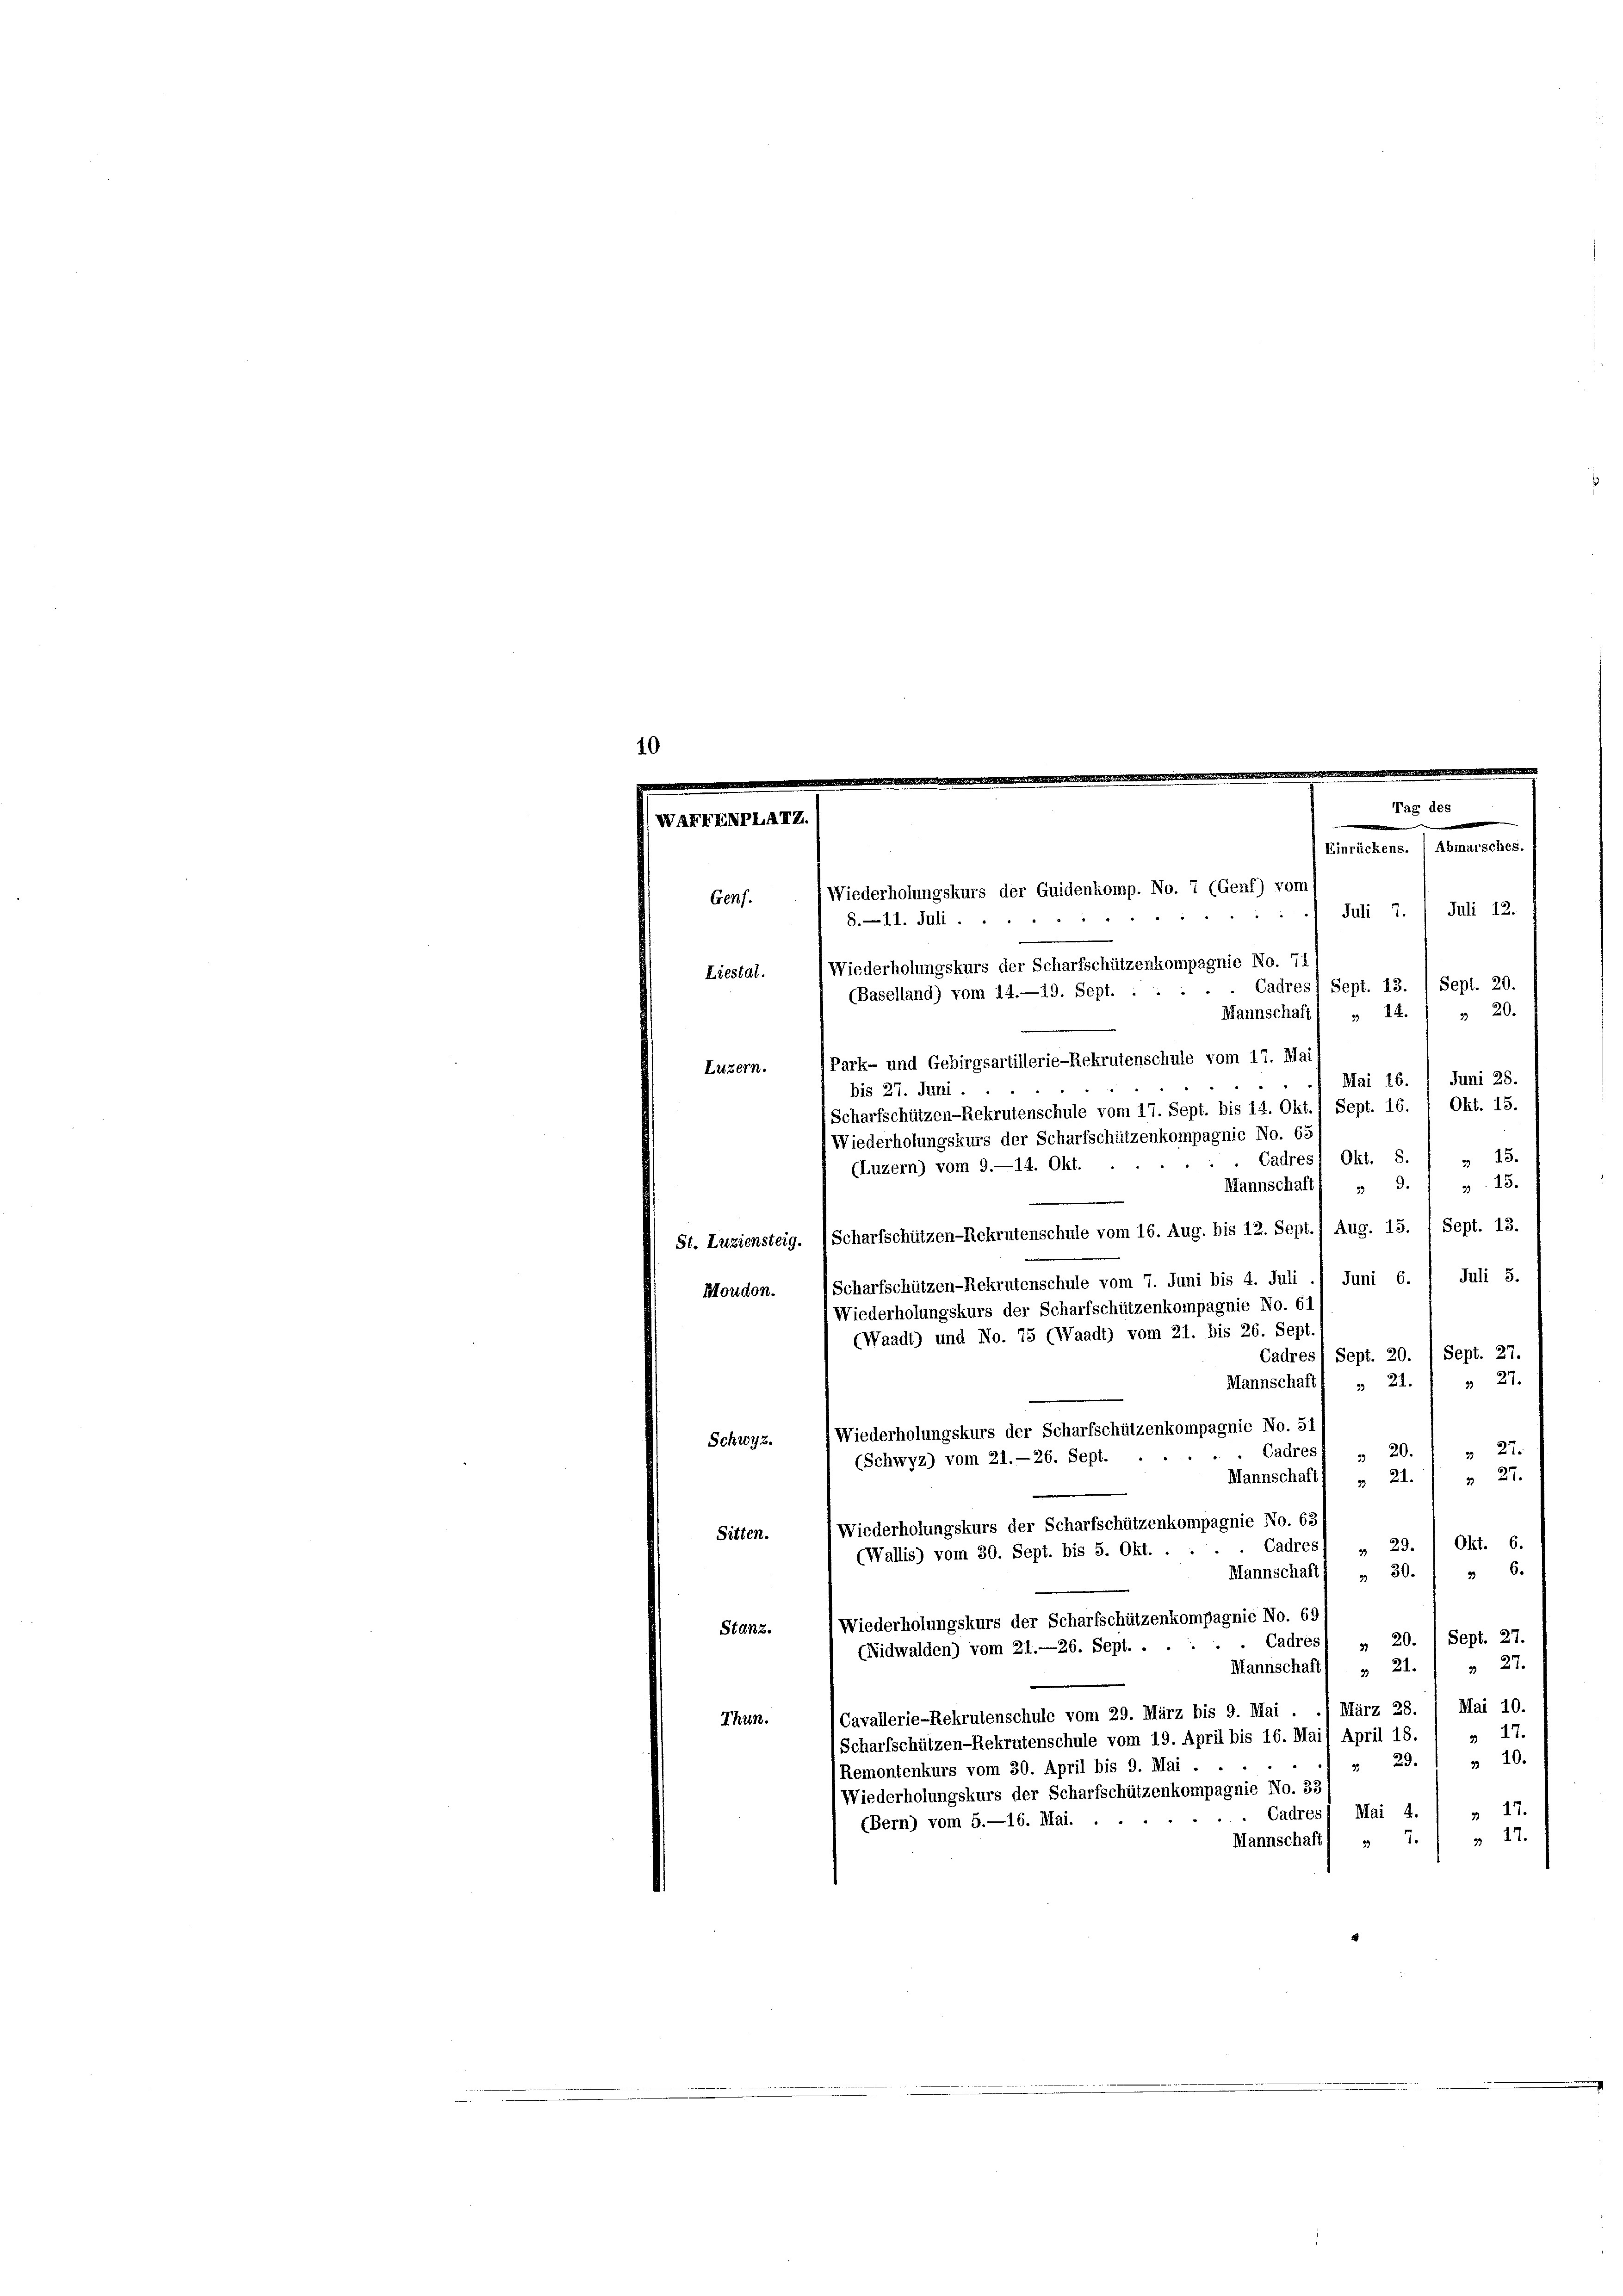
XXXXXI

Genf.
Liestal.

(Baselland) vom 14.—19. Sept. :
Luzern.
bis 27. Juni.

Wiederholungskurs der Guidenkomp. No. 7 (Genf) vom
Juli 7. Juli 12.
8

8.—11. Juli.
Wiederholungskurs der Scharfschützenkompagnie No. 71
Cadres Sept. 13. / Sept. 20.
» 14.) " 20.
Mannschaff
Park- und Gebirgsartillerie-Rekrutenschule vom 17. Mai
Juni 28.
Mai 16.
Okt. 15.
Scharfschützen-Rekrutenschule vom 17. Sept. bis 14. Okt. 1 Sept. 16.
Wiederholungskurs der Scharfschützenkompagnie No. 65
Cadres Okt. 8.
 23.
(Luzern) vom 9.—14. Okt.
13.
Mannschaft) „ 9.
St. Luziensteig. (Scharfschützen-Rekrutenschule vom 16. Aug. bis 12. Sept. 1 Aug. 15. / Sept. 13.
Juli 5.
Scharfschützen-Rekrutenschule vom 7. Juni bis 4. Juli ./ Juni 6.
Moudon.
(Wiederholungskurs der Scharfschützenkompagnie No. 61
(Waadt) und No. 75 (Waadt) vom 21. bis 26. Sept.
Cadres Sept. 20. / Sept. 27.
 27.
Mannschaft
» 21.
Wiederholungskurs der Scharfschützenkompagnie No. 51/
Schwyz.
22.
Cadres
320.
(Schwyz) vom 21.-26. Sept.
 27.
Mannschaft
 21.
Wiederholungskurs der Scharfschützenkompagnie No. 63
Sitten.
Cadres) „ 29. / Okt. 6.
(Wallis) vom 30. Sept. bis 5. Okt. .
36.
Mannschaft) „ 30.
Wiederholungskurs der Scharfschützenkompagnie No. 69
Stanz.
 Cadres) „ 20. / Sept. 27.
(Nidwalden) vom 21.—26. Sept. .
 27.
Mannschaft „ 21.
Cavallerie-Rekrutenschule vom 29. März bis 9. Mai . .) März 28. 1 Mai 10.
Thun.
Scharfschützen-Rekrutenschule vom 19. April bis 16. Mai) April 18. / „ 17.
 10.
" 23.
(Remontenkurs vom 30. April bis 9. Mai . .
Wiederholungskurs der Scharfschützenkompagnie No. 33
» 27.
Cadres Mai 4.
(Bern) vom 5.—16. Mai.
Mannschaft) » 7./ » 17.

Einrückens. ) Abmarsches.

Tag des